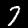
Label: 7